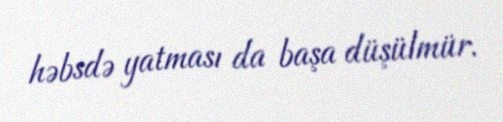
həbsdə yatması da başa düşülmür.